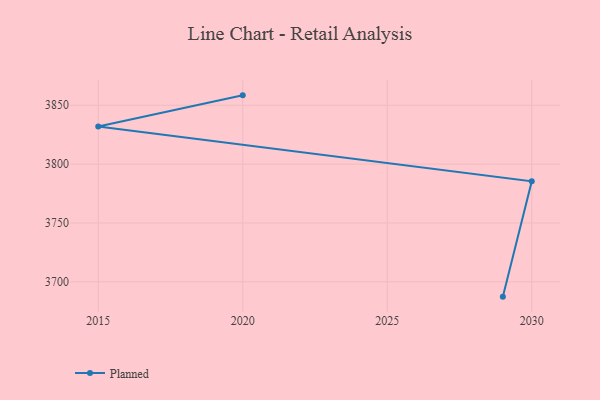
{"axis": {"x": "Year", "y": "Backlog"}, "legend": ["Planned"], "data": [{"x": "2020", "y": 3858.4, "type": "Planned"}, {"x": "2015", "y": 3832.0, "type": "Planned"}, {"x": "2030", "y": 3785.4, "type": "Planned"}, {"x": "2029", "y": 3687.4, "type": "Planned"}]}